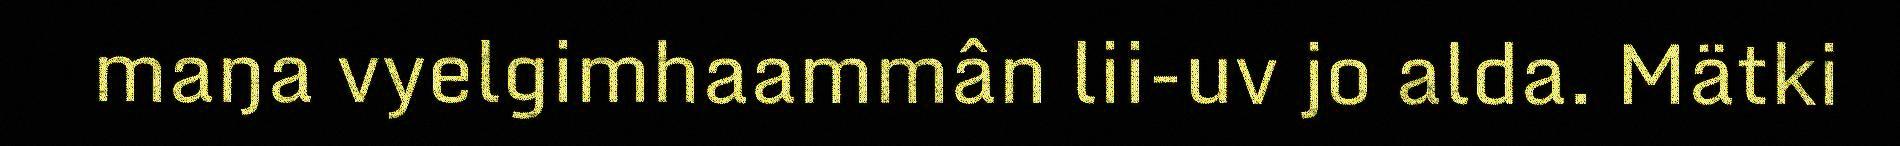
maŋa vyelgimhaammân lii-uv jo alda. Mätki